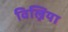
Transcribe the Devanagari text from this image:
विल्निया